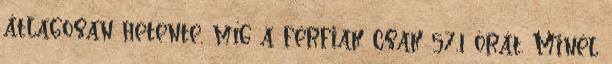
átlagosan hetente, míg a férfiak csak 57,1 órát. Minél